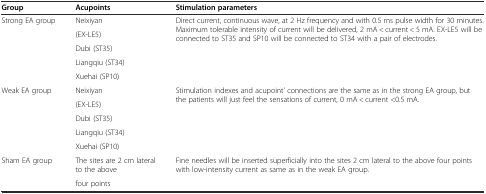
<table><thead><tr><td><b>Group</b></td><td><b>Acupoints</b></td><td><b>Stimulation parameters</b></td></tr></thead><tbody><tr><td rowspan="5">Strong EA group</td><td>Neixiyan</td><td rowspan="5">Direct current, continuous wave, at 2 Hz frequency and with 0.5 ms pulse width for 30 minutes. Maximum tolerable intensity of current will be delivered, 2 mA &lt; current &lt; 5 mA. EX-LE5 will be connected to ST35 and SP10 will be connected to ST34 with a pair of electrodes.</td></tr><tr><td>(EX-LE5)</td></tr><tr><td>Dubi (ST35)</td></tr><tr><td>Liangqiu (ST34)</td></tr><tr><td>Xuehai (SP10)</td></tr><tr><td rowspan="5">Weak EA group</td><td>Neixiyan</td><td rowspan="5">Stimulation indexes and acupoint’ connections are the same as in the strong EA group, but the patients will just feel the sensations of current, 0 mA &lt; current &lt;0.5 mA.</td></tr><tr><td>(EX-LE5)</td></tr><tr><td>Dubi (ST35)</td></tr><tr><td>Liangqiu (ST34)</td></tr><tr><td>Xuehai (SP10)</td></tr><tr><td rowspan="2">Sham EA group</td><td>The sites are 2 cm lateral to the above</td><td rowspan="2">Fine needles will be inserted superficially into the sites 2 cm lateral to the above four points with low-intensity current as same as in the weak EA group.</td></tr><tr><td>four points</td></tr></tbody></table>